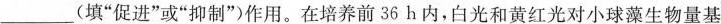
___(填”促进”或”抑制”)作用。在培养前36h内，白光和黄红光对小球藻生物量基